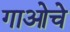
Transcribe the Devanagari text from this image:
गाओचे